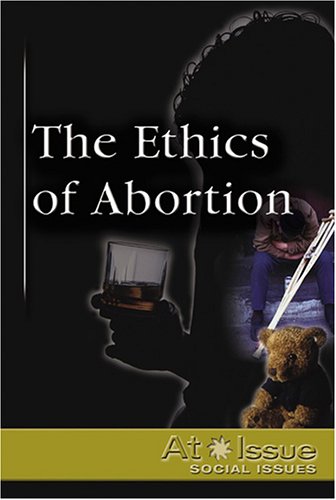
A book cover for At Issue Series - The Ethics of Abortion (hardcover edition); Teen & Young Adult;